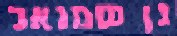
גן שמואל